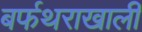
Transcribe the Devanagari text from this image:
बर्फथराखाली